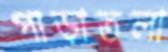
পাড়াতলা